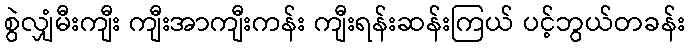
စွဲလျှံမီးကျီး ကျီးအာကျီးကန်း ကျီးရန်းဆန်းကြယ် ပင့်ဘွယ်တခန်း